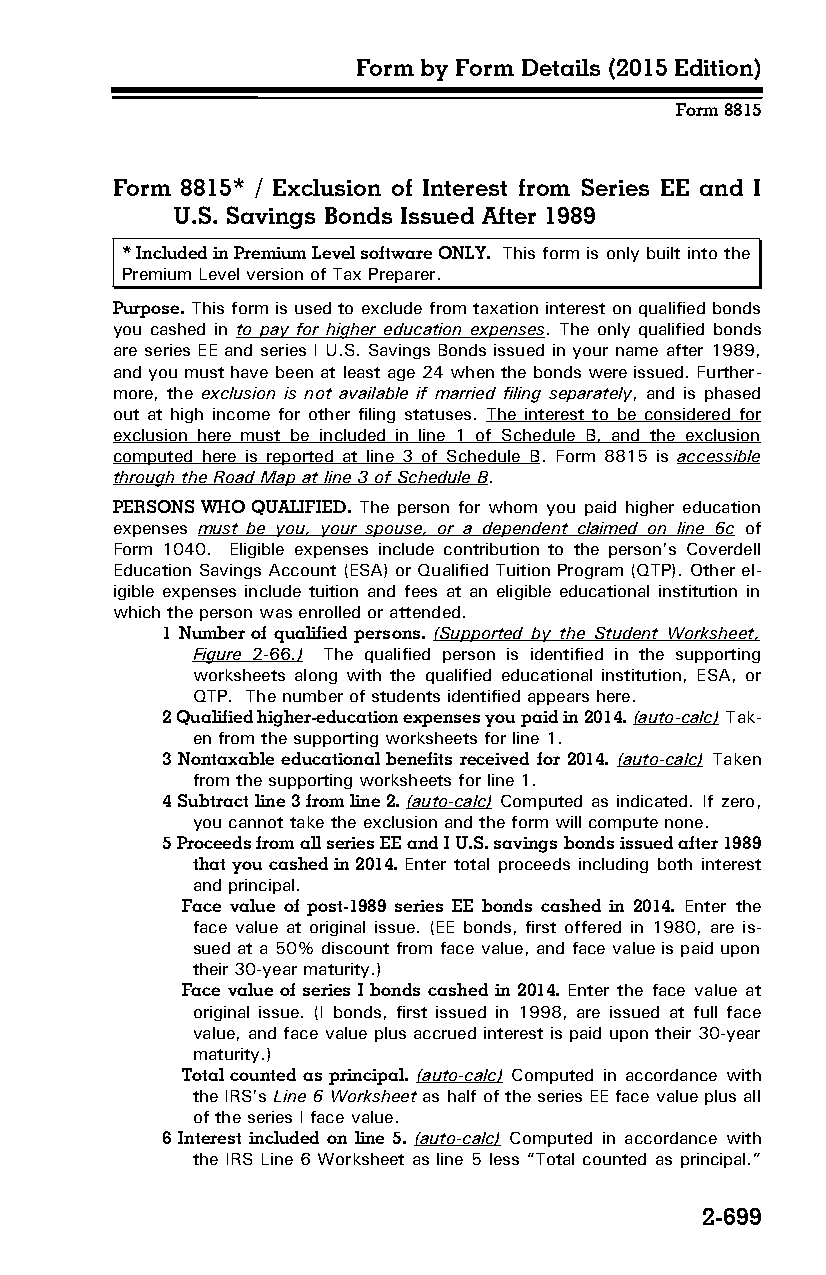
Form by Form Details (2015 Edition)
 Form 8815
 Form 8815* / Exclusion of Interest from Series EE and I
 U.S. Savings Bonds Issued After 1989
 * Included in Premium Level software ONLY. This form is only built into the
 Premium Level version of Tax Preparer.
 Purpose. This form is used to exclude from taxation interest on qualified bonds
 you cashed in to pay for higher education expenses. The only qualified bonds
 are series EE and series I U.S. Savings Bonds issued in your name after 1989,
 and you must have been at least age 24 when the bonds were issued. Further­
 more, the exclusion is not available if married filing separately, and is phased
 out at high income for other filing statuses. The interest to be considered for
 exclusion here must be included in line 1 of Schedule B, and the exclusion
 computed here is reported at line 3 of Schedule B. Form 8815 is accessible
 through the Road Map at line 3 of Schedule B.
 PERSONS WHO QUALIFIED. The person for whom you paid higher education
 expenses must be you, your spouse, or a dependent claimed on line 6c of
 Form 1040. Eligible expenses include contribution to the person’s Coverdell
 Education Savings Account (ESA) or Qualified Tuition Program (QTP). Other el­
 igible expenses include tuition and fees at an eligible educational institution in
 which the person was enrolled or attended.
 1 Number of qualified persons. (Supported by the Student Worksheet,
 Figure 2-66 .) The qualified person is identified in the supporting
 worksheets along with the qualified educational institution, ESA, or
 QTP. The number of students identified appears here.
 2 Qualified higher-education expenses you paid in 2014. (auto-calc) Tak­
 en from the supporting worksheets for line 1.
 3 Nontaxable educational benefits received for 2014. (auto-calc) Taken
 from the supporting worksheets for line 1.
 4 Subtract line 3 from line 2. (auto-calc) Computed as indicated. If zero,
 you cannot take the exclusion and the form will compute none.
 5 Proceeds from all series EE and I U.S. savings bonds issued after 1989
 that you cashed in 2014. Enter total proceeds including both interest
 and principal.
 Face value of post-1989 series EE bonds cashed in 2014. Enter the
 face value at original issue. (EE bonds, first offered in 1980, are is­
 sued at a 50% discount from face value, and face value is paid upon
 their 30-year maturity.)
 Face value of series I bonds cashed in 2014. Enter the face value at
 original issue. (I bonds, first issued in 1998, are issued at full face
 value, and face value plus accrued interest is paid upon their 30-year
 maturity.)
 Total counted as principal. (auto-calc) Computed in accordance with
 the IRS’s Line 6 Worksheet as half of the series EE face value plus all
 of the series I face value.
 6 Interest included on line 5. (auto-calc) Computed in accordance with
 the IRS Line 6 Worksheet as line 5 less “Total counted as principal.”
 2-699